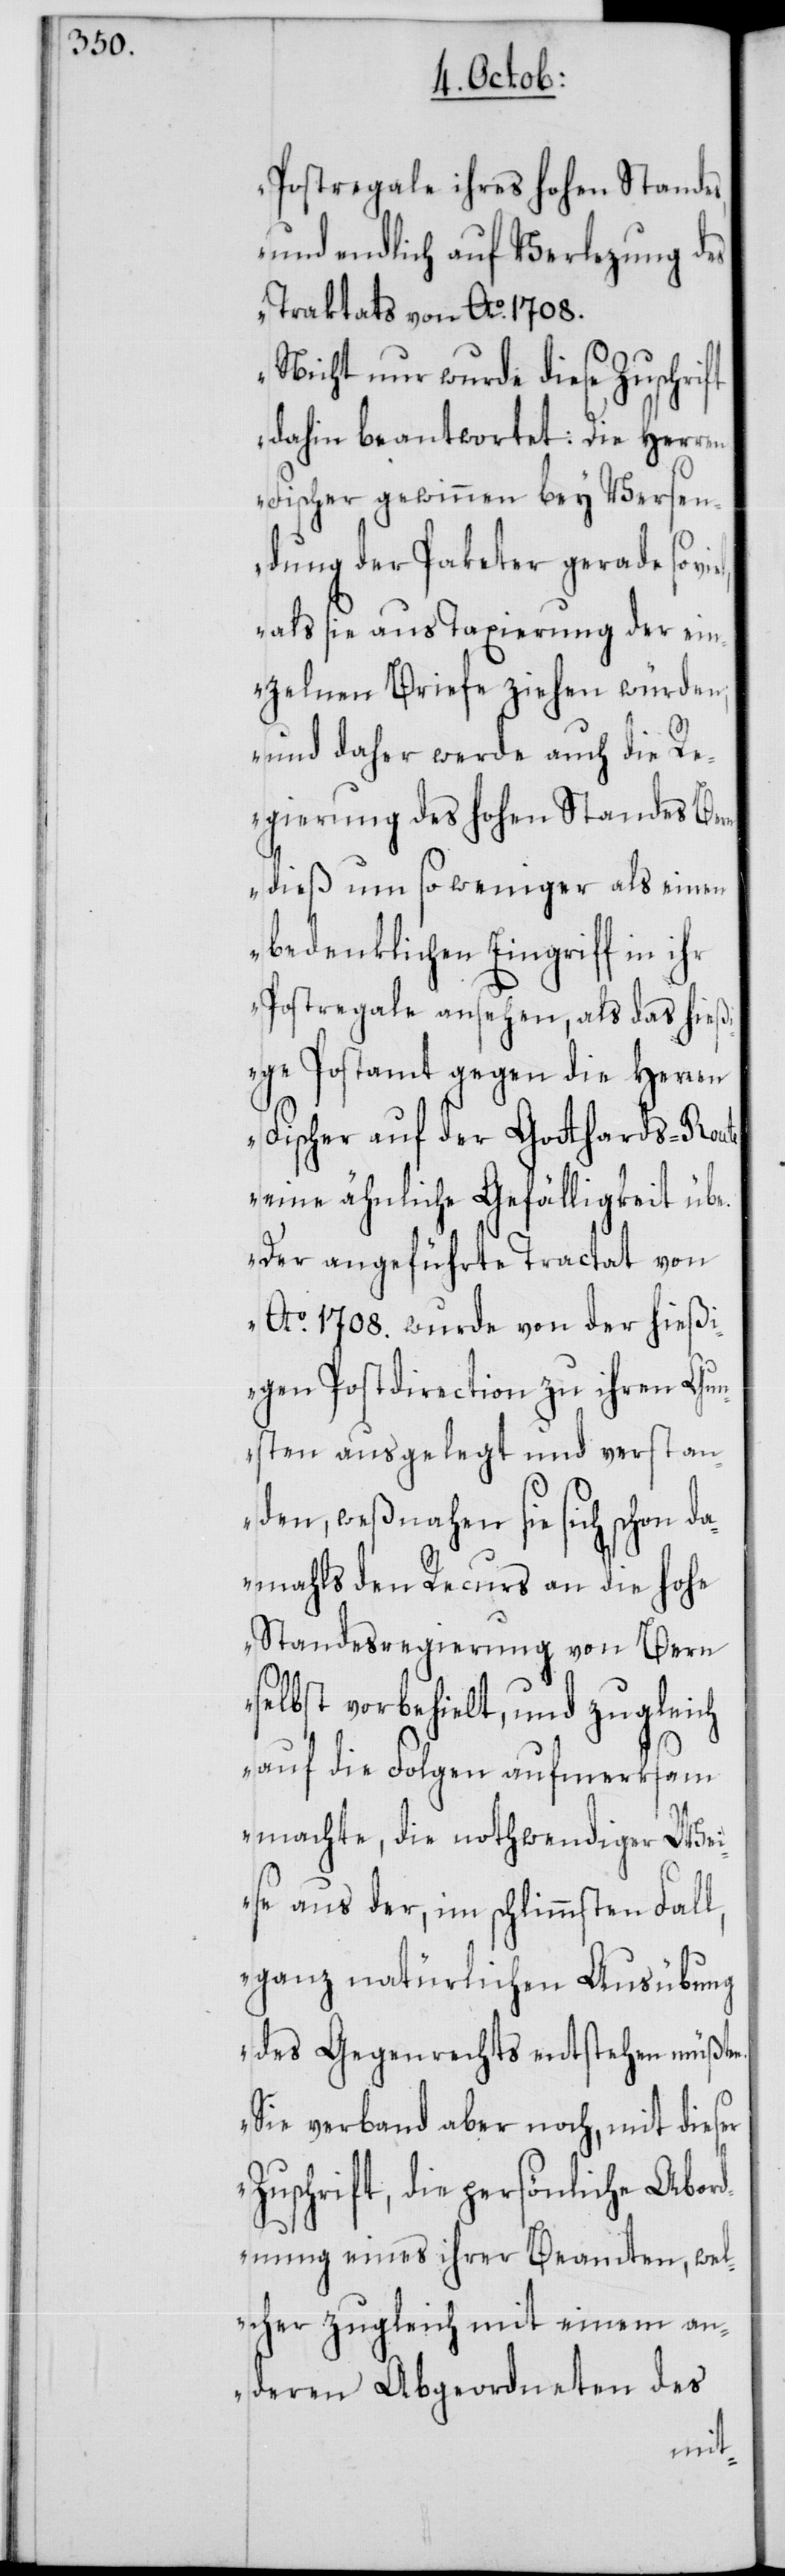
Postregale ihres hohen Standes,
und endlich auf Verlezung des
Traktats von Ao. 1708.
Nicht nur wurde diese Zuschrift
dahin beantwortet: Die Herren
Fischer gewinnen bey Versen¬
dung der Paketer gerade so
als sie aus Taxierung der ein¬
zelnen Briefe ziehen würden;
und daher werde auch die Re¬
gierung des hohen Standes Bern
dieß um so weniger als einen
bedenklichen Eingriff in ihr
Postregale ansehen, als das hieß¬
ige Postamt gegen die Herren
Fischer auf der Gotthards-Route
eine ähnliche Gefälligkeit übe.
Der angeführte Tractat von
Ao. 1708. wurde von der hießi¬
gen Postdirection zu ihren Gun¬
sten ausgelegt und verstan¬
den, weßnahen sie sich schon da¬
mahls den Recurs an die hohe
Standesregierung von Bern
selbst vorbehielt, und zugleich
auf die Folgen aufmerksam
machte, die nothwendiger We¬
ise aus der, im schlimmsten Fall,
ganz natürlichen Ausübung
des Gegenrechts entstehen müßten.
Sie verband aber noch, mit dieser
Zuschrift, die persönliche Abord¬
nung eines ihrer Beamten, wel¬
cher zugleich mit einem an¬
deren Abgeordneten des